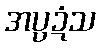
အပ္ပဍံသ